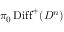
\pi _ { 0 } \operatorname { D i f f } ^ { + } ( D ^ { n } )